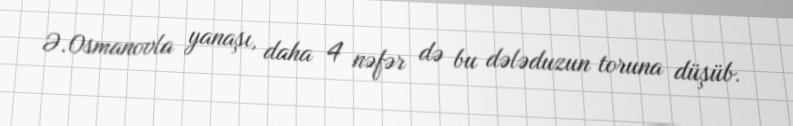
Ə.Osmanovla yanaşı, daha 4 nəfər də bu dələduzun toruna düşüb.